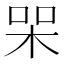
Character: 𭩸